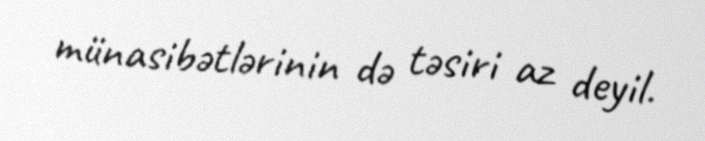
münasibətlərinin də təsiri az deyil.